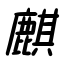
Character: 麒